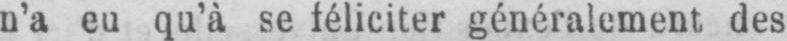
n’a eu qu’à se féliciter généralement des